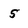
Character: 5